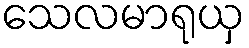
သေလမာရုယှ